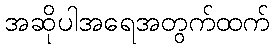
အဆိုပါအရေအတွက်ထက်